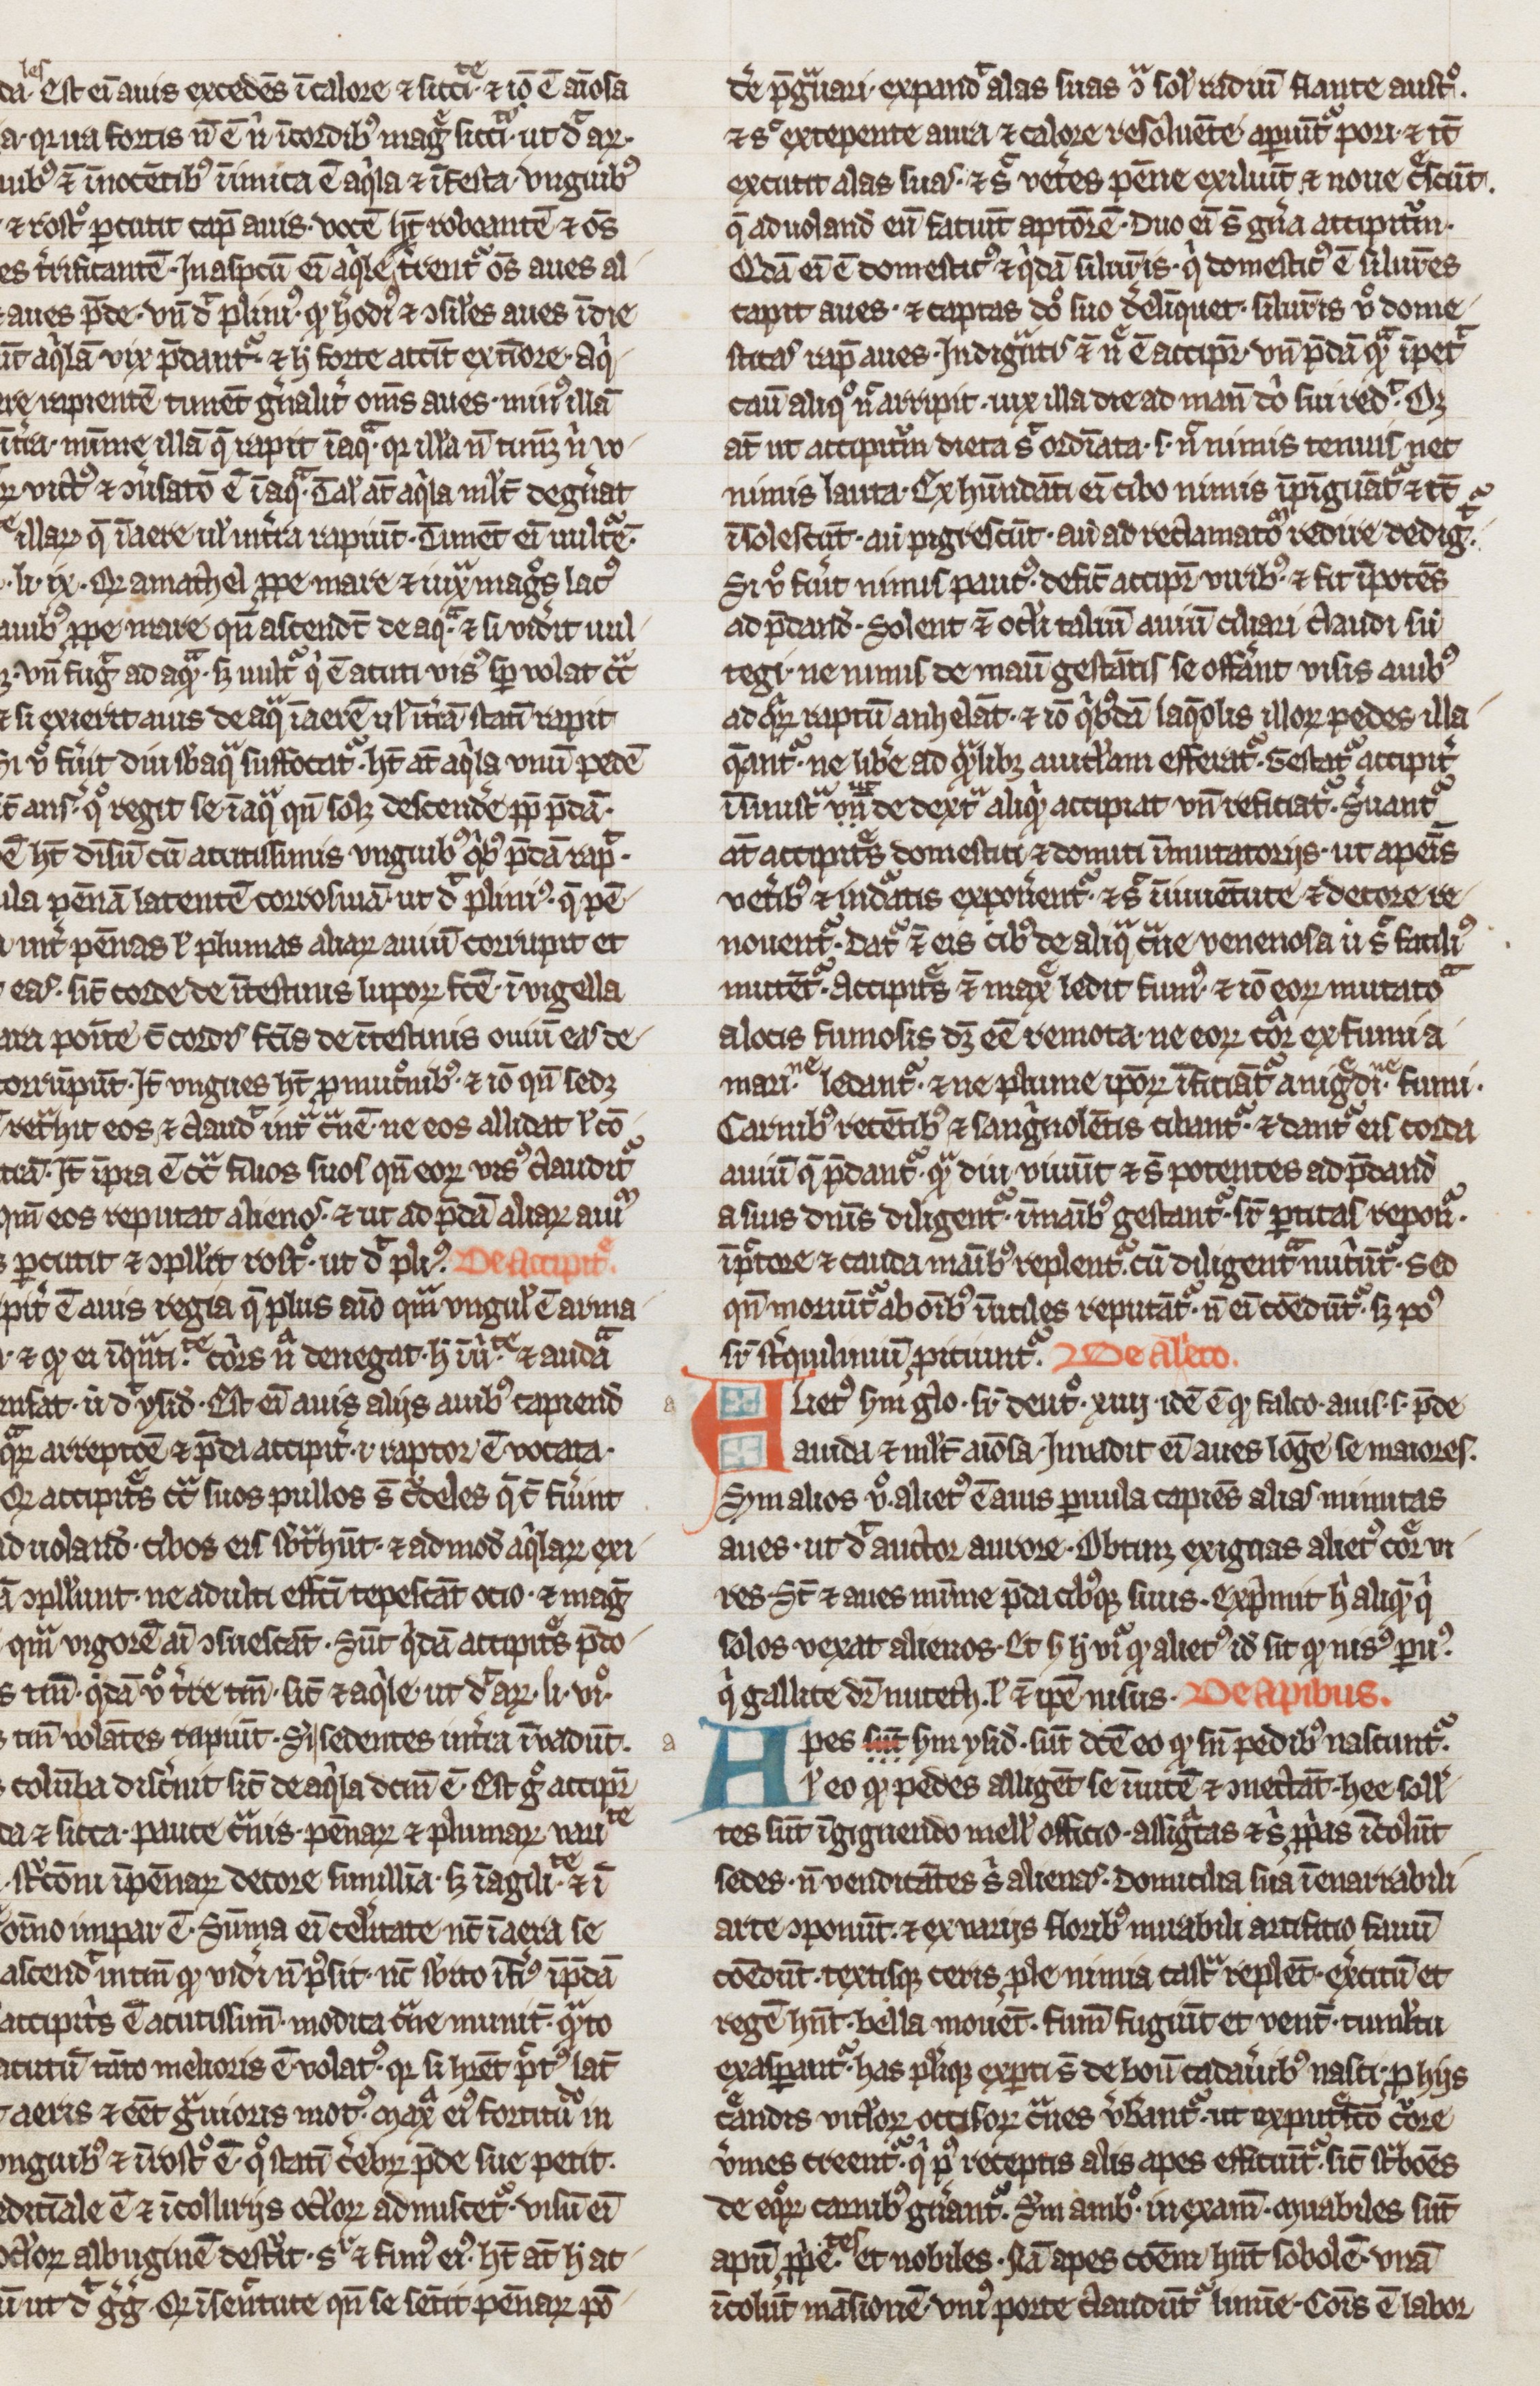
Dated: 1300–1399